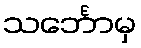
သင်္ဘောမှ